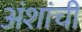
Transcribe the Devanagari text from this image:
अंशांची